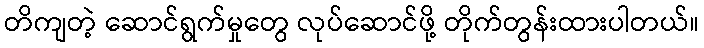
တိကျတဲ့ ဆောင်ရွက်မှုတွေ လုပ်ဆောင်ဖို့ တိုက်တွန်းထားပါတယ်။